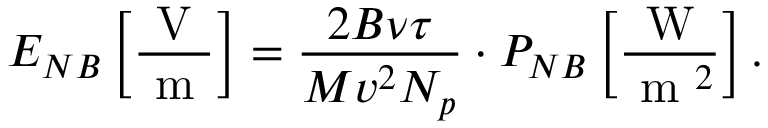
E _ { N B } \left[ \frac { \mathrm { ~ V ~ } } { \mathrm { ~ m ~ } } \right] = \frac { 2 B \nu \tau } { M v ^ { 2 } N _ { p } } \cdot P _ { N B } \left[ \frac { \mathrm { ~ W ~ } } { \mathrm { ~ m ~ } ^ { 2 } } \right] .